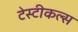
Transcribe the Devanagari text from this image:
टेस्टीकल्स